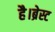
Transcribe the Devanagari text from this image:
है।ब्रेस्ट